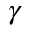
\gamma